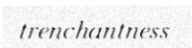
trenchantness